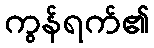
ကွန်ရက်၏